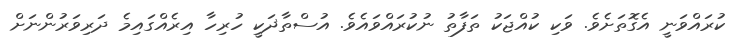
ކުރައްވަނީ އެގޮތަށެވެ. ވަކި ކުއްޖަކު ތަފާތު ނުކުރައްވައެވެ. އުސްތާޛަކީ ހުރިހާ އިރެއްގައިމެ ދަރިވަރުންނަށް